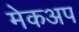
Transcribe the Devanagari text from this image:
मेकअप